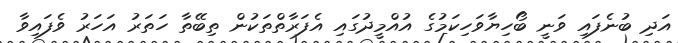
އަދި ބުނެފައި ވަނީ ބޯހިޔާވަހިކަމުގެ އުއްމީދުގައި އެފަރާތްތަކުން ތިބޭތާ ހަތަރު އަހަރު ވެފައިވާ